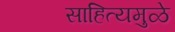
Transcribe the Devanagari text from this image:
साहित्यमुळे